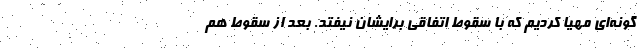
گونه‌ای مهیا کردیم که با سقوط اتفاقی برایشان نیفتد. بعد از سقوط هم